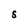
Character: S